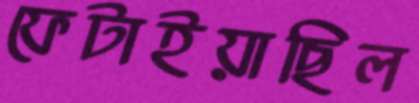
ফেটাইয়াছিল